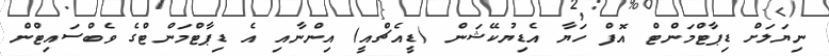
ނިޔަލަށް ޑިޕާޓްމަންޓް އޮފް ހަޔާ އެޑިޔުކޭޝަން (ޑީއެޗްއީ) އިންނާއި އެ ޑިޕާޓްމަންޓްގެ ވެބްސައިޓްން